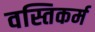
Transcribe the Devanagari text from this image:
वस्तिकर्म